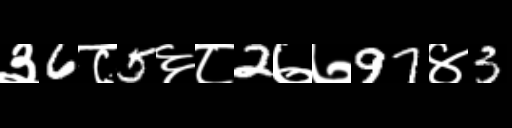
Text: ३6८5६८2७७97४3